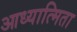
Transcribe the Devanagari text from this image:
आध्यात्मिता